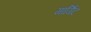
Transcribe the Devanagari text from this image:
मार्गिट